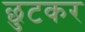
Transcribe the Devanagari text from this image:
छुटकर